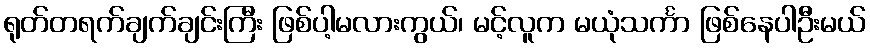
ရုတ်တရက်ချက်ချင်းကြီး ဖြစ်ပါ့မလားကွယ်၊ မင့်လူက မယုံသင်္ကာ ဖြစ်နေပါဦးမယ်